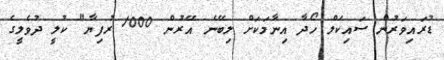
ޑުރައިވަރުން ސައިކަލް ހޯދާ އިނާމަކަށް ލިބޭނެ އޭރުން 1000 ރުފިޔާ" ކުލީ ދުވެލީގެ